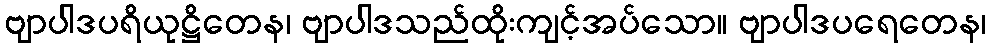
ဗျာပါဒပရိယုဋ္ဌိတေန၊ ဗျာပါဒသည်ထိုးကျင့်အပ်သော။ ဗျာပါဒပရေတေန၊